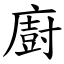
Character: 廚